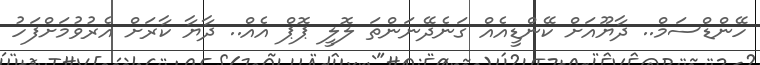
ހޭންޑްސަމް.. ދާޔޫއަށް ކޭންޑީއެއް ގަނެދޭނަންތަ ލޮލީ ޕޮޕް އެއް.. ދާޔާ ކާރަށް އެރުވުމަށްފަހު